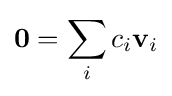
\mathbf {0} =\sum _{i}c_{i}\mathbf {v} _{i}